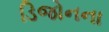
ડિજોનના